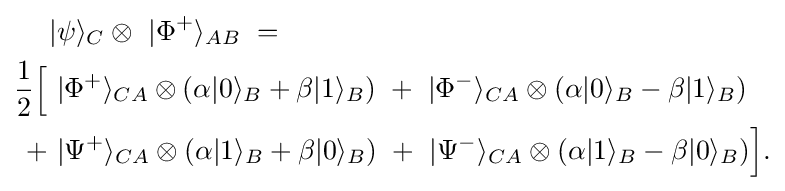
{\begin{aligned}|&\psi \rangle _{C}\otimes \ |\Phi ^{+}\rangle _{AB}\ =\\{\frac {1}{2}}{\Big \lbrack }\ &|\Phi ^{+}\rangle _{CA}\otimes (\alpha |0\rangle _{B}+\beta |1\rangle _{B})\ +\ |\Phi ^{-}\rangle _{CA}\otimes (\alpha |0\rangle _{B}-\beta |1\rangle _{B})\\\ +\ &|\Psi ^{+}\rangle _{CA}\otimes (\alpha |1\rangle _{B}+\beta |0\rangle _{B})\ +\ |\Psi ^{-}\rangle _{CA}\otimes (\alpha |1\rangle _{B}-\beta |0\rangle _{B}){\Big \rbrack }.\\\end{aligned}}